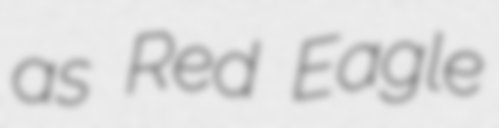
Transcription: as Red Eagle